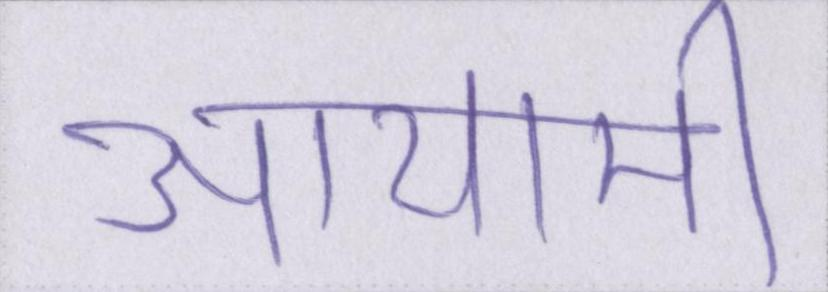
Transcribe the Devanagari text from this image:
आयामी